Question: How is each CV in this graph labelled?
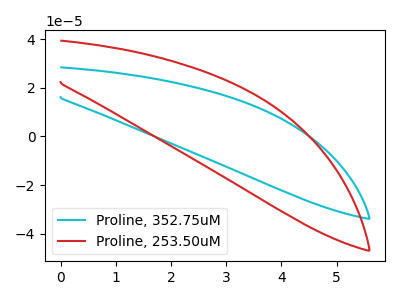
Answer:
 <answer>The cyan curve is labeled "Proline, 352.75uM". The red curve is labeled "Proline, 253.50uM".</answer>
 <eval></eval>